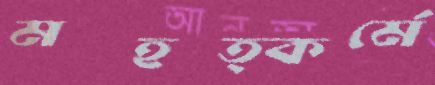
মহত্কর্মে